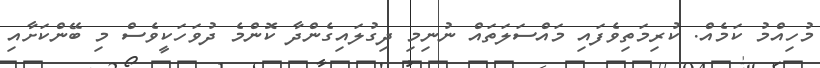
މުހިއްމު ކަމެއް. ކުރިމަތިވެފައި މައްސަލަތައް ނުނިމި ދިގުލައިގެންދާ ކޮންމެ ދުވަހަކީވެސް މި ބޭންކަށާއި